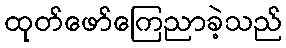
ထုတ်ဖော်ကြေညာခဲ့သည်